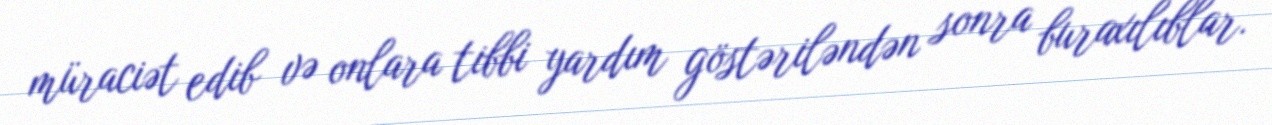
müraciət edib və onlara tibbi yardım göstəriləndən sonra buraxılıblar.